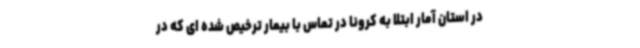
در استان آمار ابتلا به کرونا در تماس با بیمار ترخیص شده ای که در